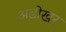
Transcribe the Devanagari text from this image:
अडोखर